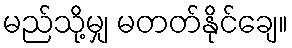
မည်သို့မျှ မတတ်နိုင်ချေ။